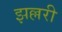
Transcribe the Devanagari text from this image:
झल्लरी